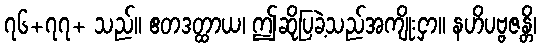
၇၆+၇၇+ သည်။ ဧတဒတ္ထာယ၊ ဤဆိုပြခဲ့သည်အကျိုးငှာ။ နဟိပဗ္ဗဇန္တိ၊